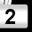
Digit: 2